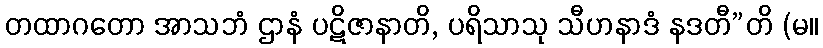
တထာဂတော အာသဘံ ဌာနံ ပဋိဇာနာတိ, ပရိသာသု သီဟနာဒံ နဒတီ”တိ (မ။